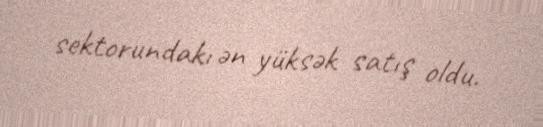
sektorundakı ən yüksək satış oldu.